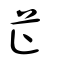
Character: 芷